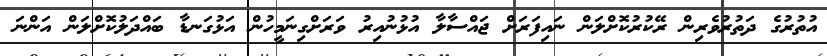
އުތުރުގެ ދަތުރުވެރިން ރޭކުރުކޮށްލަން ނައިފަރަށް ޖައްސާލާ އުޅުނުއިރު ވަރަށްގިނަމީހުން އަޅުގަނޑާ ބައްދަލުކޮށްލަން އަންނަ